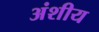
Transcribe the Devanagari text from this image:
अंशीय